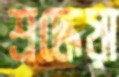
শ্রদ্ধেয়া